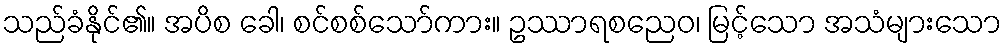
သည်ခံနိုင်၏။ အပိစ ခေါ၊ စင်စစ်သော်ကား။ ဥဿာရစညေဝ၊ မြင့်သော အသံများသော